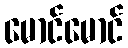
မောင်မောင်